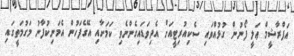
އަފްރާޝީމް ޢަލީ ފޯނުން ގުޅުއްވައި ސެކިއުރިޓީއަށް އެދިވަޑައިގެންނެވި ކަމަށާއި އޭގެފަހުން އެމަނިކުފާނު މަގުމަތީގައި